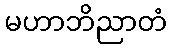
မဟာဘိညာတံ